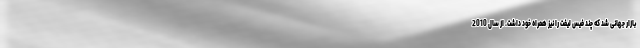
بازار جهانی شد که چند فیس لیفت را نیز همراه خود داشت. از سال 2010